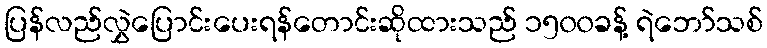
ပြန်လည်လွှဲပြောင်းပေးရန်တောင်းဆိုထားသည် ၁၅၀၀ခန့် ရဲဘော်သစ်